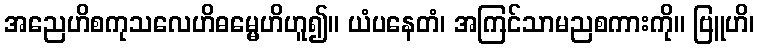
အညေဟိစကုသလေဟိဓမ္မေဟိဟူ၍။ ယံပနေတံ၊ အကြင်သာမညစကားကို။ ဗြူဟိ၊